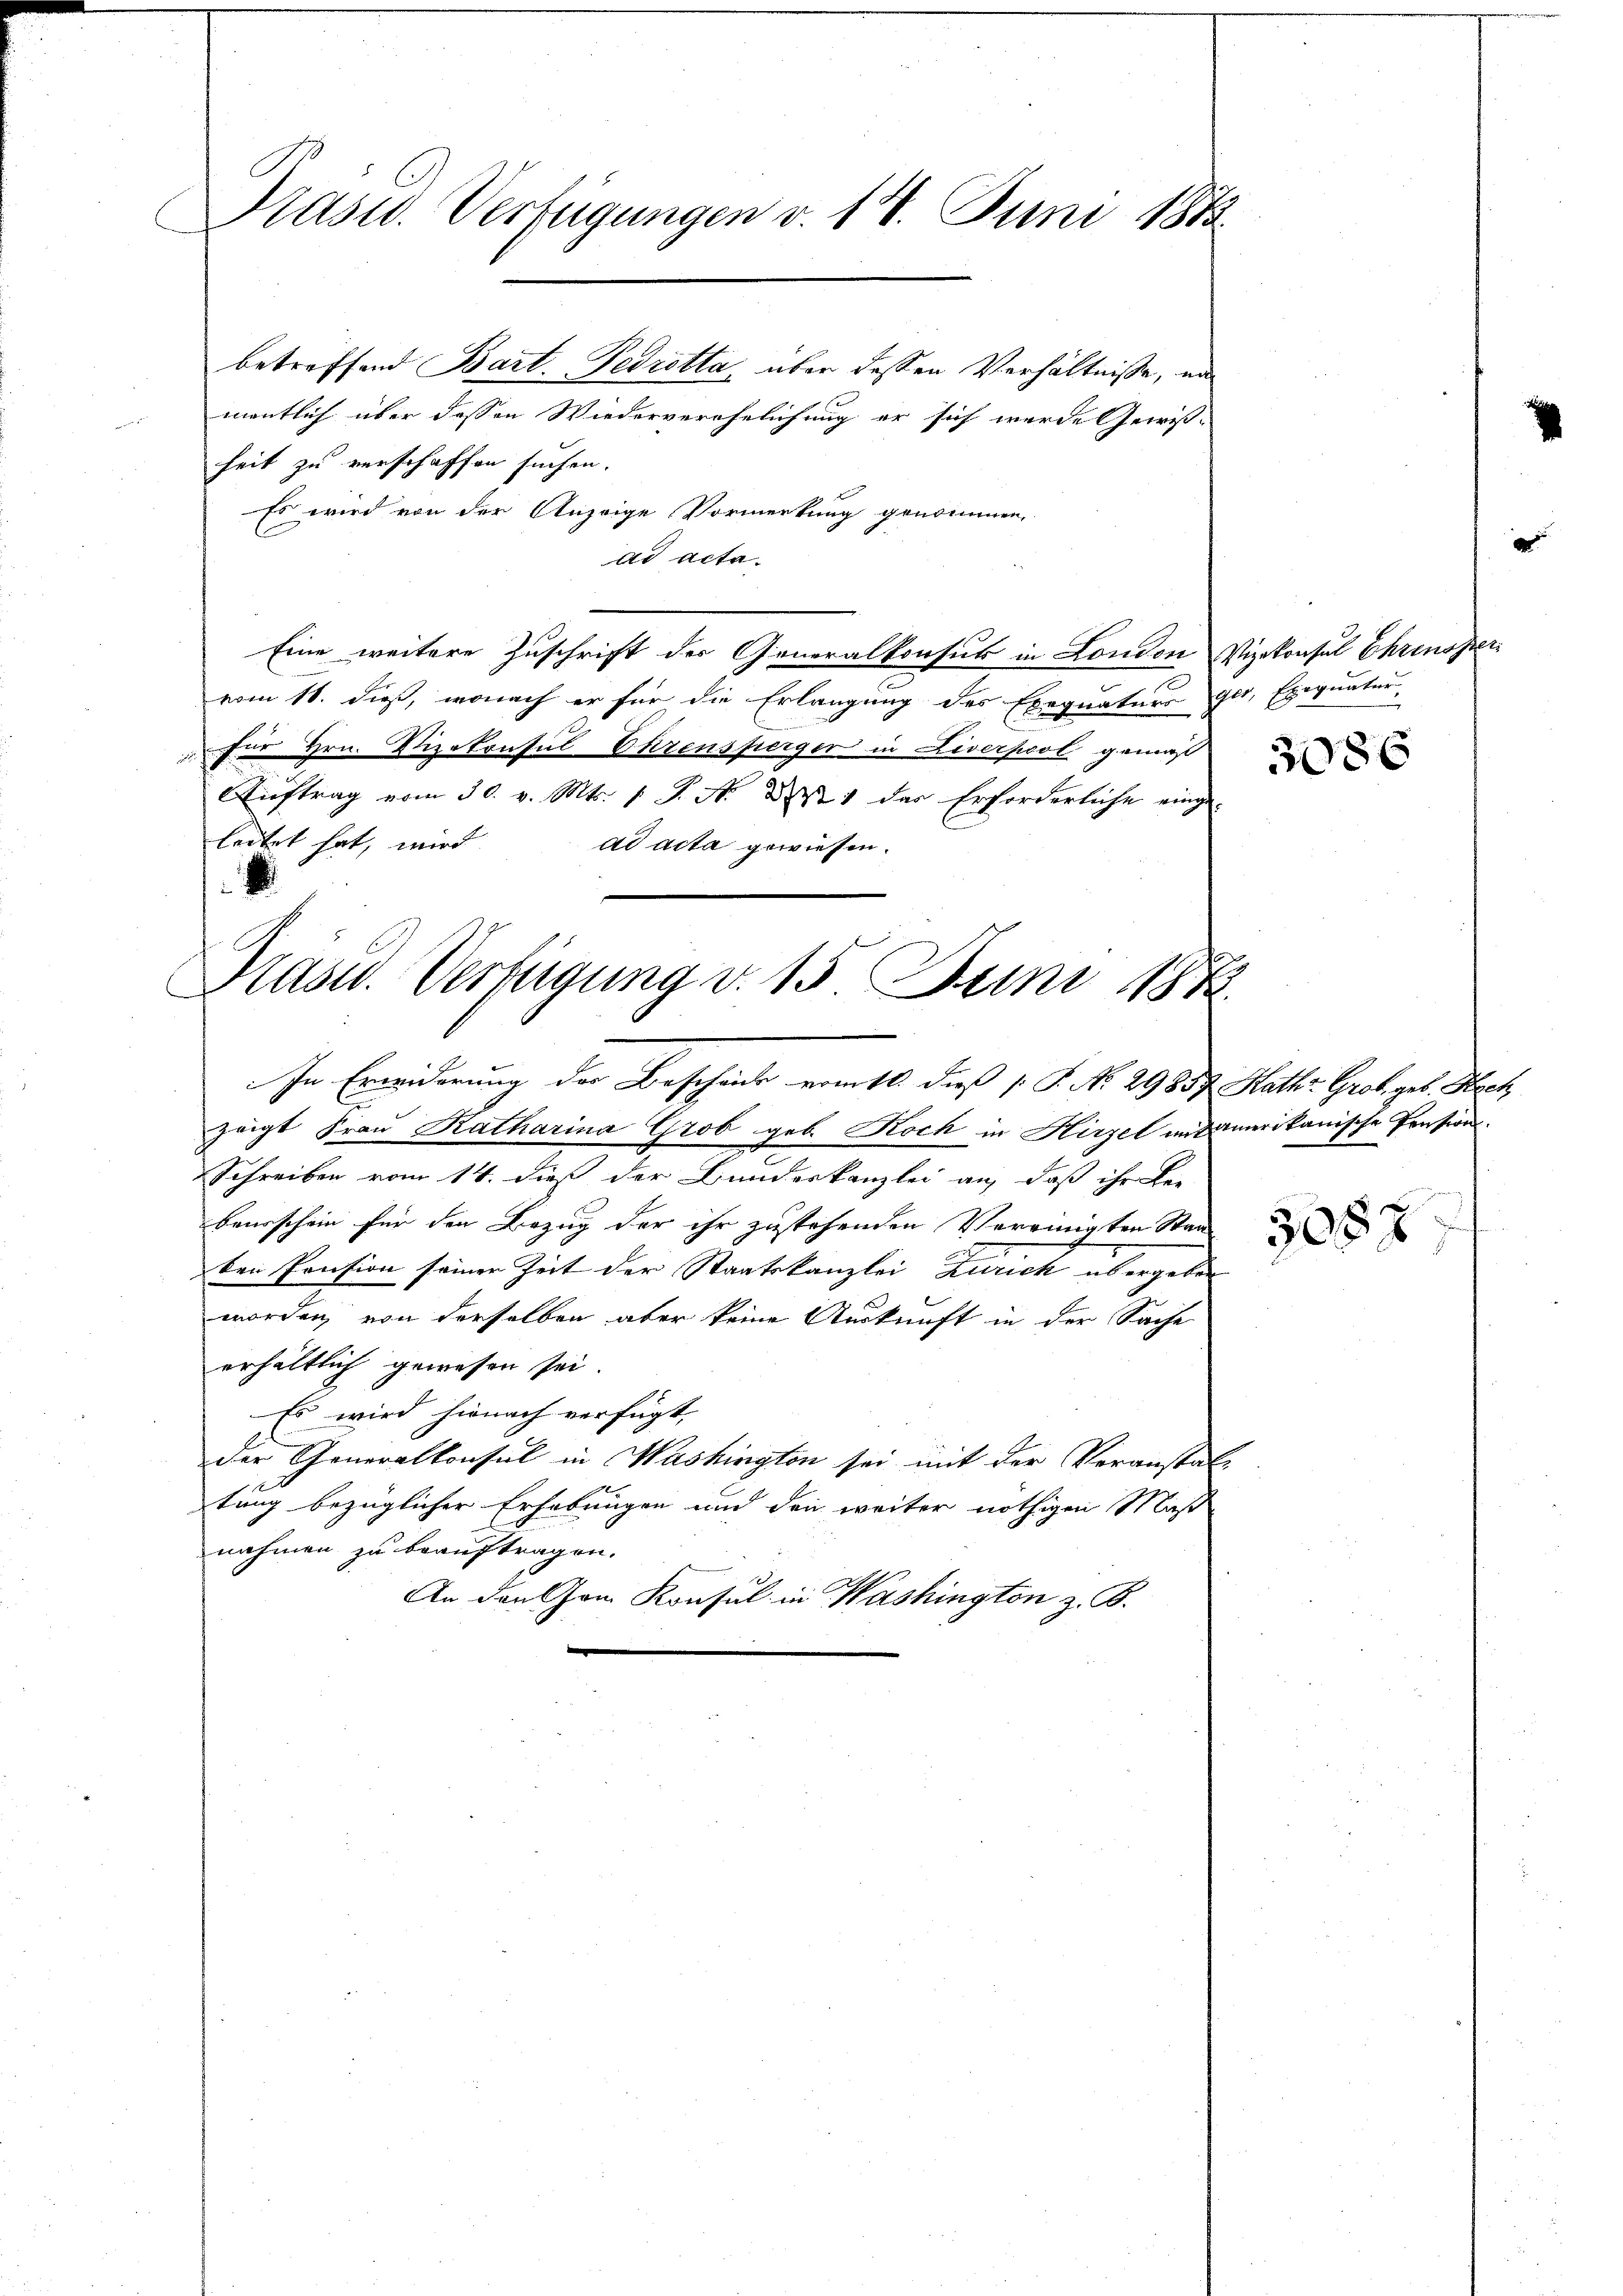
Präsid.. Verfügungen v. 18. Juni 1883.

betreffend Bart Gedretta, über dessen Verhältnisse, un
mentlich über dessen Wiederverehelichung er sich wurde Gewißheit zu verschaffen suchen.
Es wird von der Anzeige Vormerkung genommen,
ad acta.
Eine weitere Zuschrift der Generalkonsul in London Vizekonsul Ehrenon
vom 18. dieß, wonach er für die Erlangung des Exequaturs ger, Exequatur,
 für Hrn. Vizekonsul Ehrensperger in Liverpool gemäß
Auftrag vom 30. v. Mts. v. J. N. 21 des Erforderliche eingeleitet hat, wird
ad acta gewiesen.

Plast. Verfügung v. 15. Juni 188
In Erwiderung der Beschenk vom 11. dieß [ P. No. 29857. Raths Grob geb. Hech

zeigt Frau Ratharina Grob geb. Koch in Hirzel mit amerikanische Pensions¬
Schreiben vom 14. dieß der Bundeskanzlei an, daß ihr Bei-
baurschein für den Bezug der ihr zustehenden Vereinigten Stand
ben Pension seiner Zeit der Staatskanzlei Zürich übergeben
worden, von derselben aber keine Auskunft in der Sache
erhältlich gewesen sei.
Es wird hienach verfügt
der Generalkonsul in Washington sei mit der Veranstal-
tung bezüglicher Erhebungen und den weiter nöthigen Maß
nahmen zu beauftragen.
An den Cham Konsul in Washington z. B.

3086

122.

3057